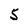
Character: 5